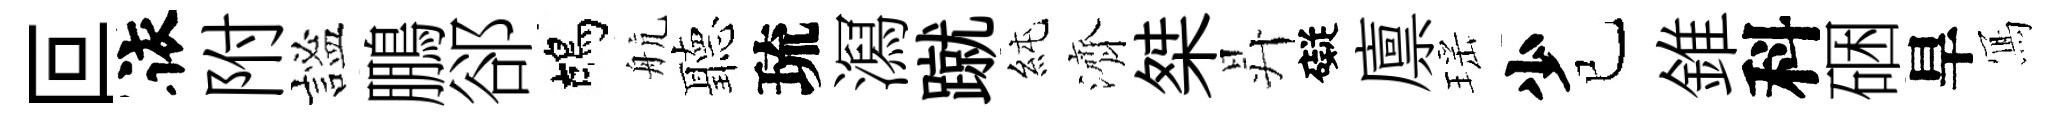
叵依附謐鵬郤鴣航聽琉㵼蹴純濟桀昇礙廪瑶少已錐科硱旱𭂁